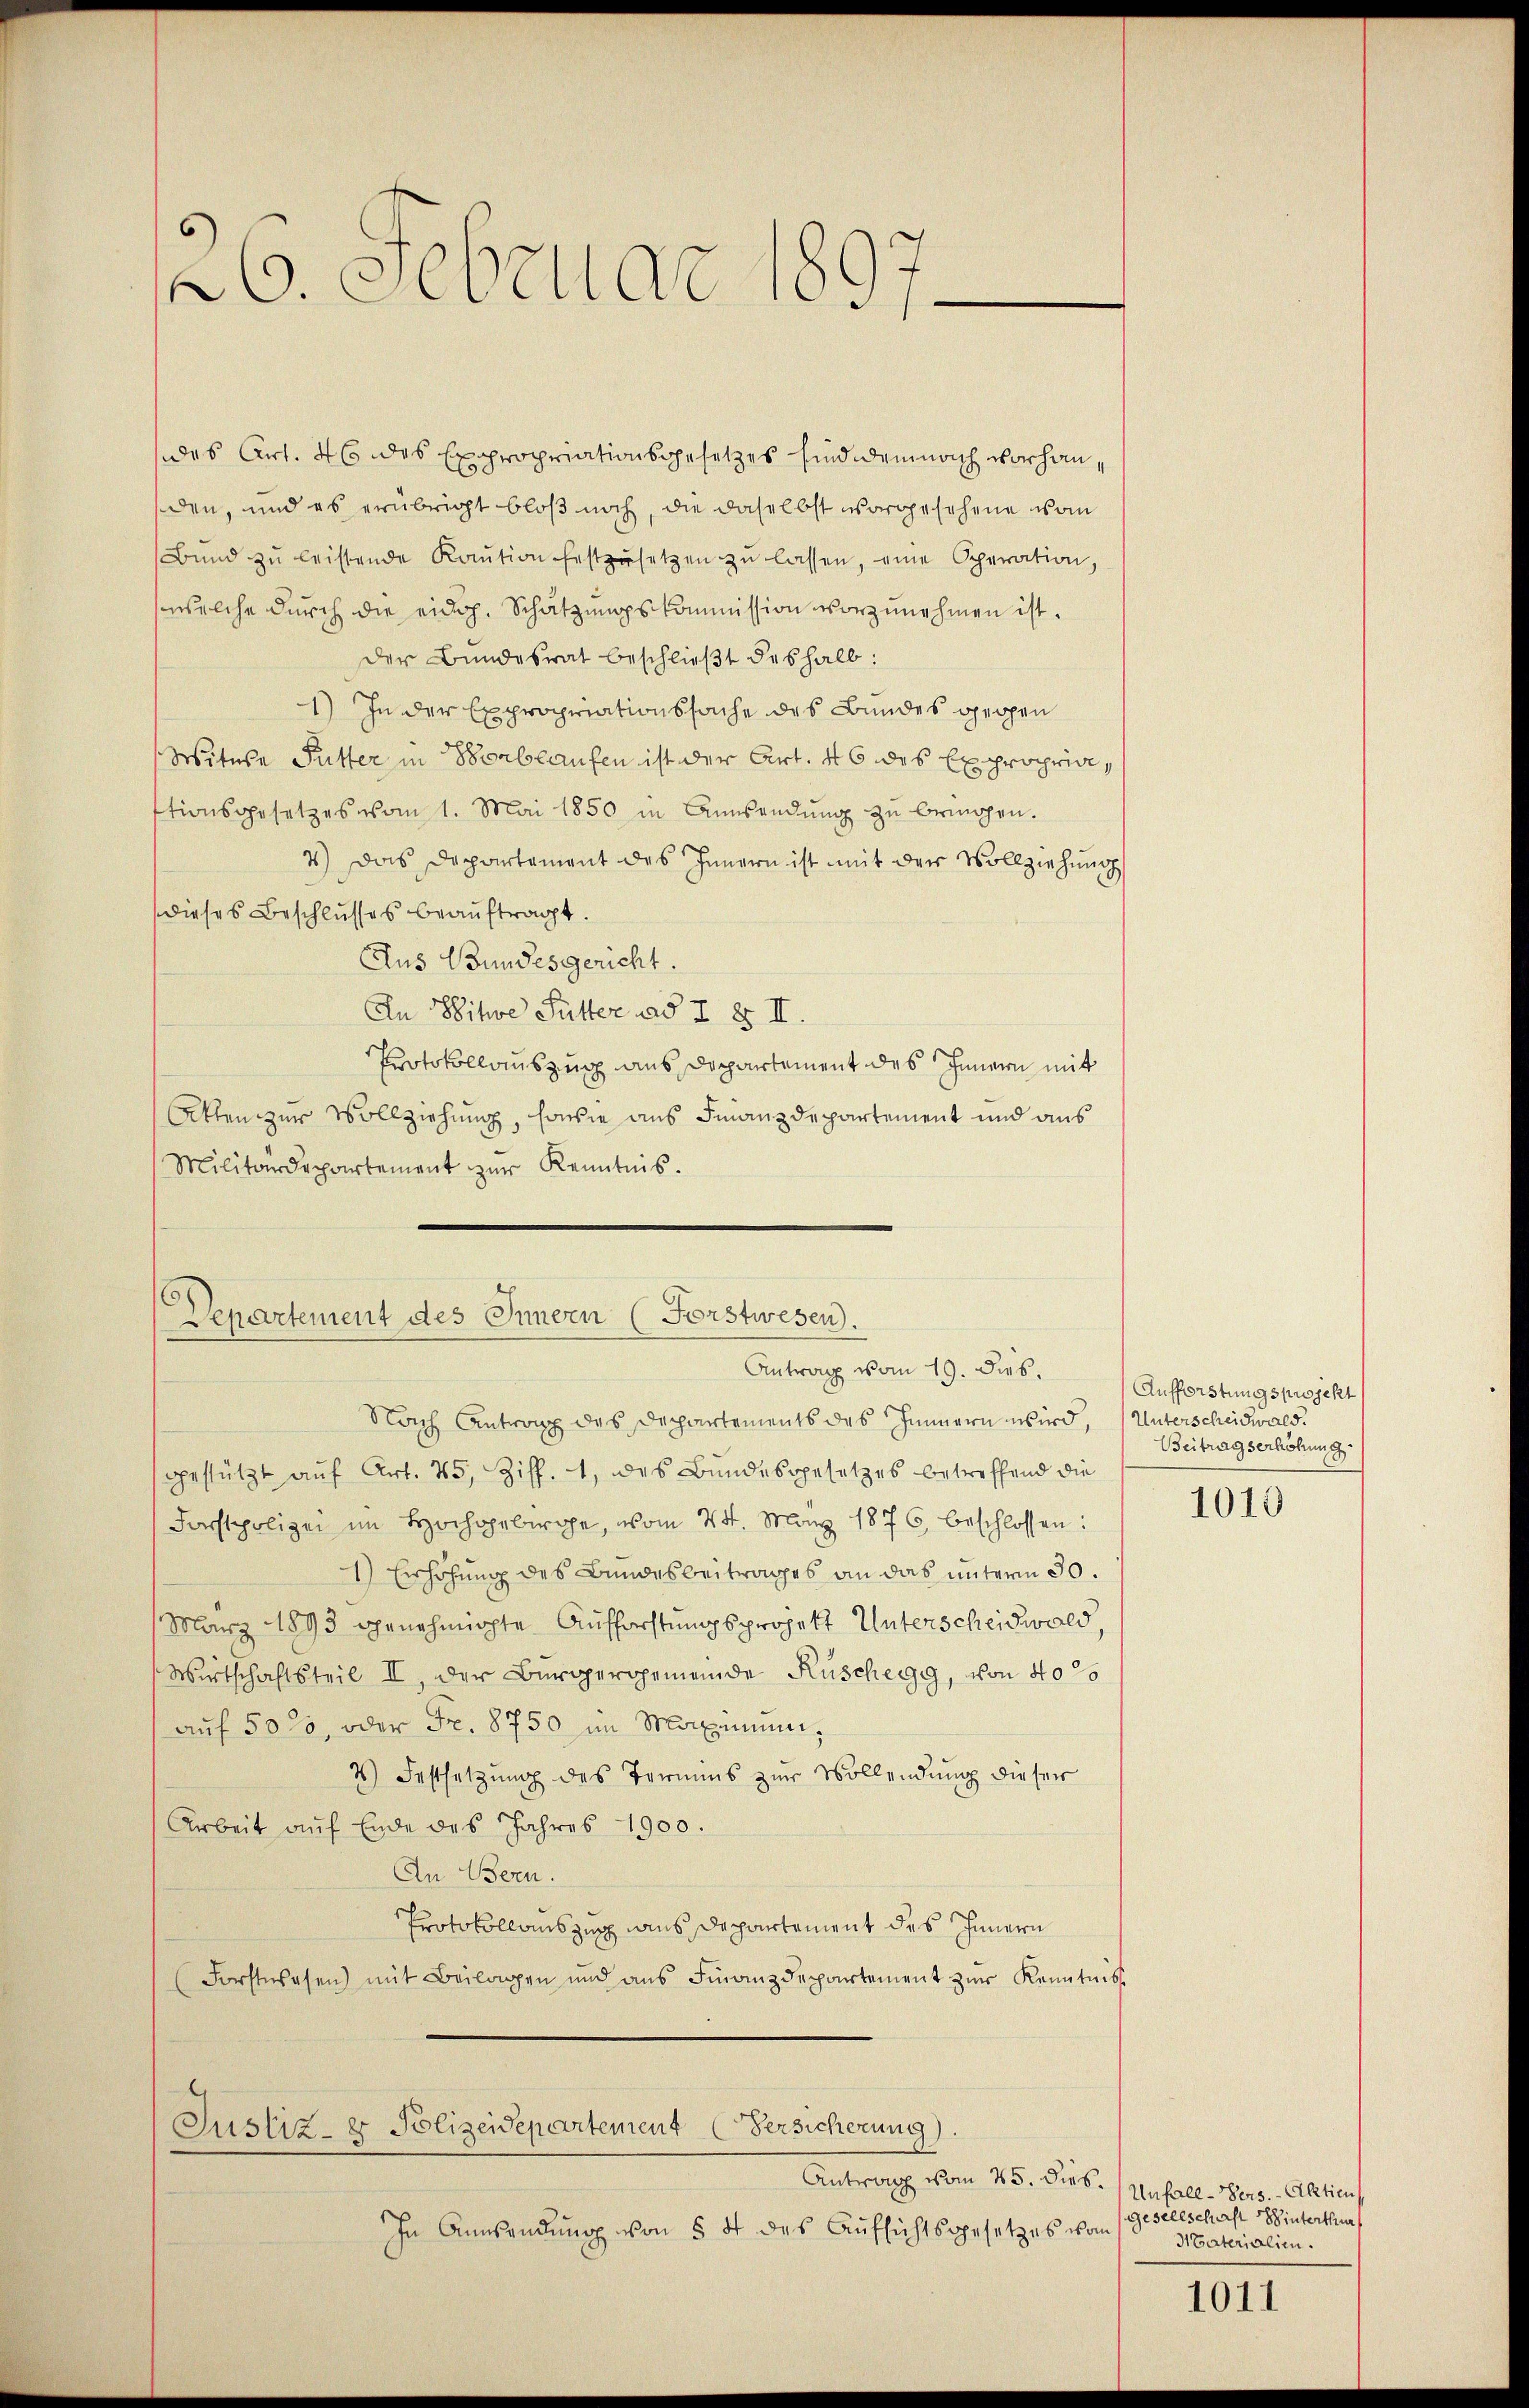
26. Februar 1897
.

des Art. 46 des Expropriationsgesetzes sind demnach vorhanden, und es erübrigt bloß noch, die daselbst vorgesehene vom
Bund zŭ leistende Kaŭtion festzusetzen zŭ lassen, eine Operation,
welche durch die eid. Schätzungskommission vorzunehmen ist.
der Bundesrat beschlieβt deshalb:
1) In der Expropriationssache des Bundes gegen
Witwe Futter in Borblaufen ist der Art. 46 des Expropria,
tionsgesetzes vom 1. Mai 1850 in Ansendŭng zu bringen.
7) Das Departement des Innern ist mit der Vollziehung
dieses Beschlusses beauftragt.
Aus Bundesgericht.
An Witwe Futter ad I § II.
Protokollauszug aus Departement des Innern mit
Akten zur Vollziehung, sowie aus Finanzdepartement und aus
Militärdepartement zŭr Kenntnis.

Departement des Innern (Forstwesen.
Antrag vom 19. dies.

Nach Antrag des Departements des Innern wird, (Unterscheidwald.
gestützt auf Art. 45, Ziff. 1, des Bundesgesetzes betreffend die
Forstpolizei im Hochgebirge, vom 24. März 1876, beschlossen:
1) Erhöhung des Bundesbeitrages an das unterm 30.
März 1893 genehmigte Auffarstungsprojekt Unterscheidwald,
Wirtschaftsteil II, der Bürgergemeinde Rüschegg, von 400
auf 50%, oder Fr. 8750 im Maximum¬
4) Festsetzung des Termins zur Vollendung dieser
Arbeit auf Ende des Jahres 1900.
An Bern.
Protokollauszug aus Departement des Innern
Forstwesen) mit Beilagen und aŭs Finanzdepartement zŭr Kenntniss

Justiz- & Polizeidepartement Versicherung)

Antwort vom 25. Dies. (Unfall - Pers. - Alition
In Anwendung von § 4 des Aufsichtsgesetzes vom

Aufforstungsprojekt
Beitragserhöhung.

1010

Gesellschaft Winterthur
Itaterialien.

1011